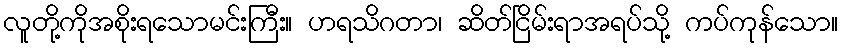
လူတို့ကိုအစိုးရသောမင်းကြီး။ ဟရသိဂတာ၊ ဆိတ်ငြိမ်းရာအရပ်သို့ ကပ်ကုန်သော။